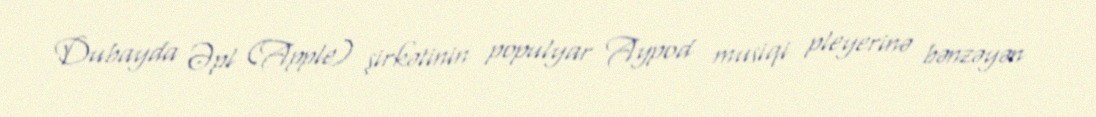
Dubayda Əpl (Apple) şirkətinin populyar Aypod musiqi pleyerinə bənzəyən